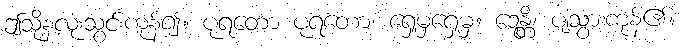
ဤသို့နှလုံးသွင်းကုန်၍။ ပုရတော ပုရတော၊ ရှေ့မှရှေ့မှ။ ဍေန္တိ၊ ပျံသွားကုန်၏။